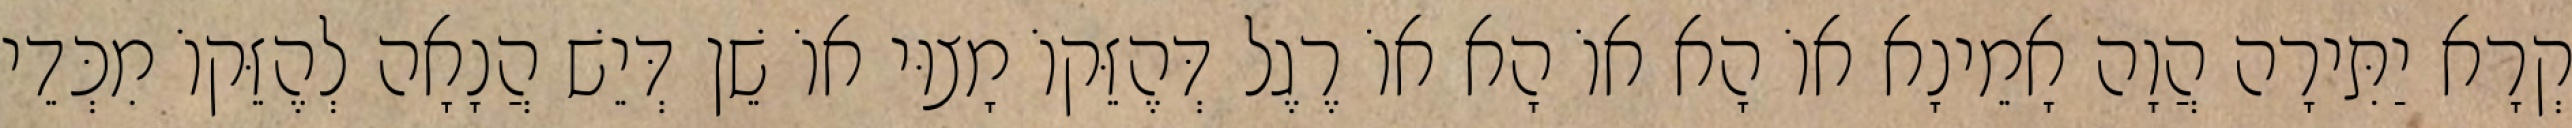
קְרָא יַתִּירָה הֲוָה אָמֵינָא אוֹ הָא אוֹ הָא אוֹ רֶגֶל דְּהֶזֵּקוֹ מָצוּי אוֹ שֵׁן דְּיֵשׁ הֲנָאָה לְהֶזֵּקוֹ מִכְּדֵי